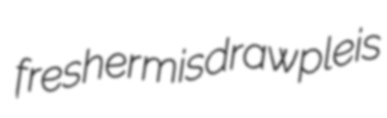
fresher misdraw pleis